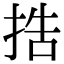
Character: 捁